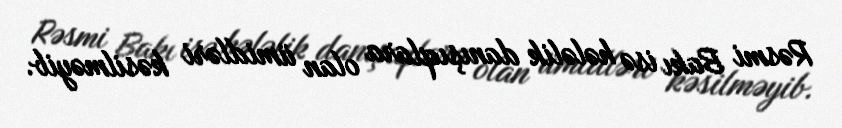
Rəsmi Bakı isə hələlik danışıqlara olan ümidləri kəsilməyib.